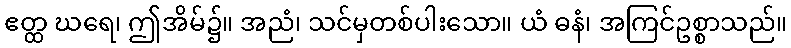
ဧတ္ထ ဃရေ၊ ဤအိမ်၌။ အညံ၊ သင်မှတစ်ပါးသော။ ယံ ဓနံ၊ အကြင်ဥစ္စာသည်။